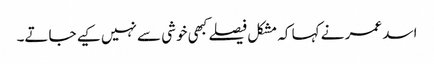
اسد عمر نے کہا کہ مشکل فیصلے کبھی خوشی سے نہیں کیے جاتے۔